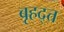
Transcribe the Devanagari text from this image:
बृहद्त्त